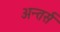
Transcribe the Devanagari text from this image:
अन्तर्स